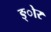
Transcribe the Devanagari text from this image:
ङ्ोर